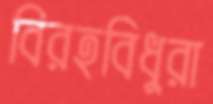
বিরহবিধুরা